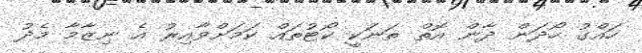
ހައްގު ހޯދަން ދާން އޮތް ތަނަކީ ކޯޓުތައް ކަމަށްވާއިރު އެ ނިޒާމާ މެދު